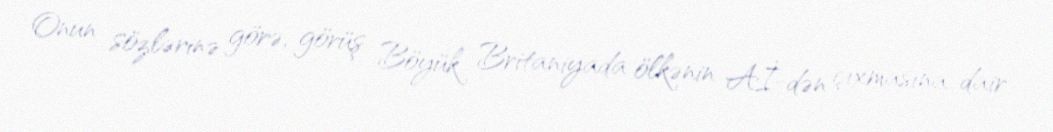
Onun sözlərinə görə, görüş Böyük Britaniyada ölkənin Aİ-dən çıxmasına dair